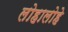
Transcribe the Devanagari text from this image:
लोहालोहे